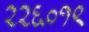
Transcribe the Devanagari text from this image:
२२६०१९